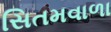
સિતમવાળા